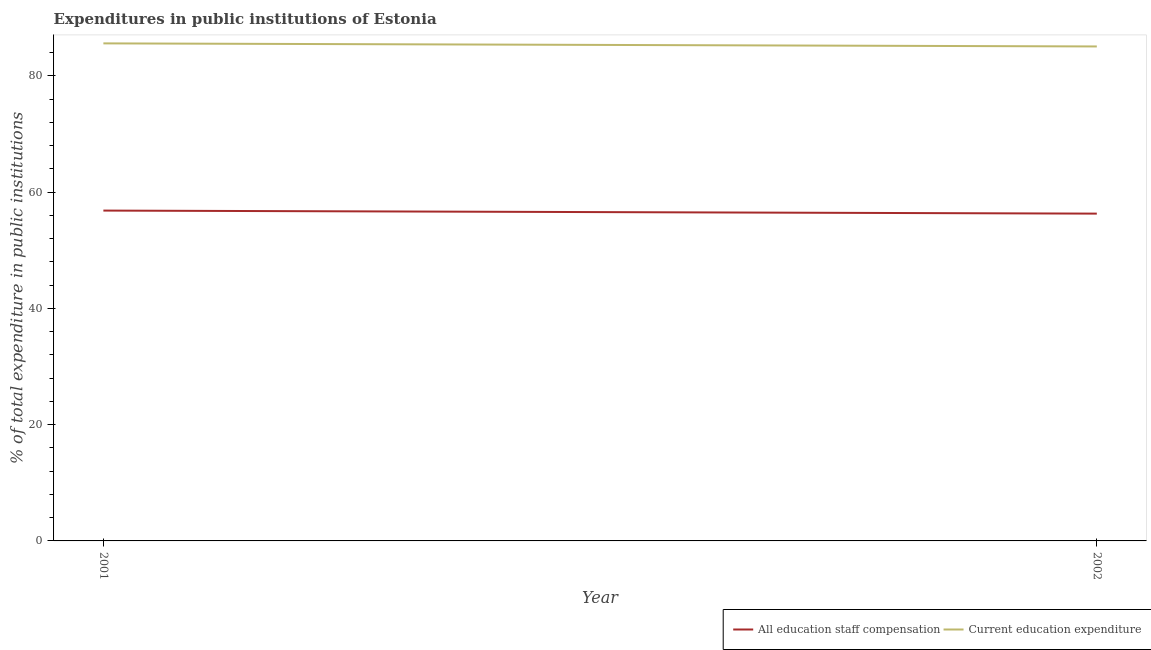
| Year | All education staff compensation | Current education expenditure |
 | --- | --- | --- |
 | 2001 | 56.8 | 85.6 |
 | 2002 | 56.3 | 85 |